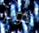
دوبز